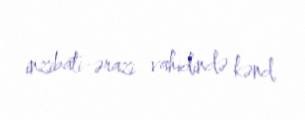
inzibati-ərazi vahidində kənd.